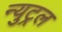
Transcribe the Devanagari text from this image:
न्युट्रल